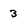
Character: 3